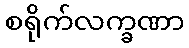
စရိုက်လက္ခဏာ